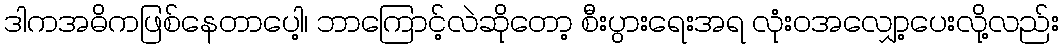
ဒါကအဓိကဖြစ်နေတာပေါ့၊ ဘာကြောင့်လဲဆိုတော့ စီးပွားရေးအရ လုံးဝအလျှော့ပေးလို့လည်း